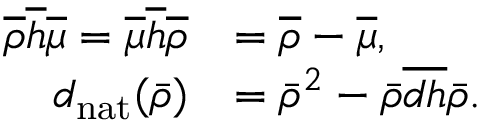
\begin{array} { r l } { \overline { { \rho } } \overline { { h } } \overline { { \mu } } = \overline { { \mu } } \overline { { h } } \overline { { \rho } } } & { = \overline { { \rho } } - \overline { { \mu } } , } \\ { { d _ { \mathrm { n a t } } } ( \bar { \rho } ) } & { = \bar { \rho } ^ { 2 } - \bar { \rho } \overline { { d h } } \bar { \rho } . } \end{array}